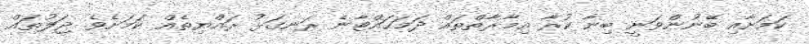
ކަމަށާއި ބޭނުންވަނީ ބިނާ ކުރާ އިމާރާތްތައް ދަމަހައްޓާނެ ރަނގަޅު ރައްޔިތެއް ކަމަށެވެ. ޖަލުތައް